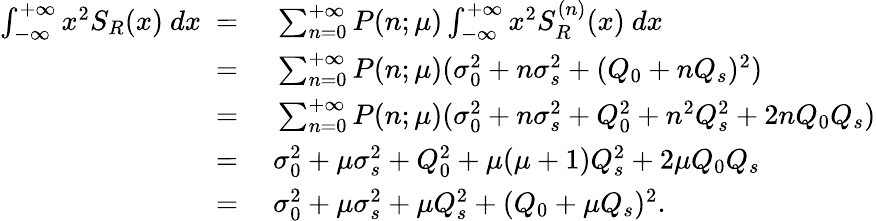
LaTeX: \begin{array}{rl}{\int_{-\infty}^{+\infty}x^{2}S_{R}(x)\ dx\ =}&{\ \sum_{n=0}^{+\infty}P(n;\mu)\int_{-\infty}^{+\infty}x^{2}S_{R}^{(n)}(x)\ dx}\\ {\ =}&{\ \sum_{n=0}^{+\infty}P(n;\mu)(\sigma_{0}^{2}+n\sigma_{s}^{2}+(Q_{0}+nQ_{s})^{2})}\\ {\ =}&{\ \sum_{n=0}^{+\infty}P(n;\mu)(\sigma_{0}^{2}+n\sigma_{s}^{2}+Q_{0}^{2}+n^{2}Q_{s}^{2}+2nQ_{0}Q_{s})}\\ {\ =}&{\ \sigma_{0}^{2}+\mu\sigma_{s}^{2}+Q_{0}^{2}+\mu(\mu+1)Q_{s}^{2}+2\mu Q_{0}Q_{s}}\\ {\ =}&{\ \sigma_{0}^{2}+\mu\sigma_{s}^{2}+\mu Q_{s}^{2}+(Q_{0}+\mu Q_{s})^{2}.}\end{array}